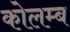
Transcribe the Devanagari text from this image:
कोलम्ब